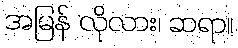
အမြန် လိုလား၊ ဆရာ။